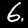
Digit: 6